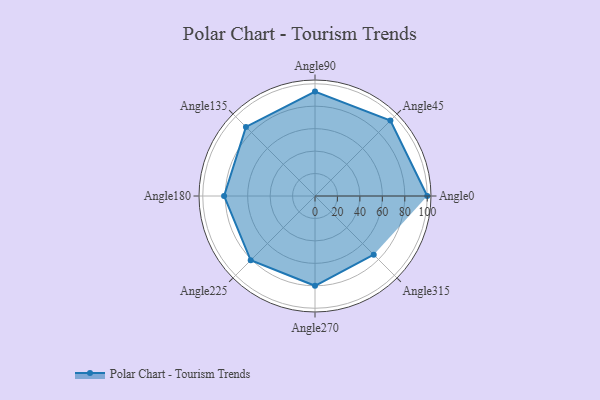
{"axis": {"x": "Angle", "y": "Radius"}, "legend": [""], "data": [{"x": "Angle0", "y": 100.0, "type": ""}, {"x": "Angle45", "y": 95.0, "type": ""}, {"x": "Angle90", "y": 93.0, "type": ""}, {"x": "Angle135", "y": 87.0, "type": ""}, {"x": "Angle180", "y": 81.0, "type": ""}, {"x": "Angle225", "y": 81.0, "type": ""}, {"x": "Angle270", "y": 80.0, "type": ""}, {"x": "Angle315", "y": 74.0, "type": ""}]}